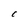
Character: e